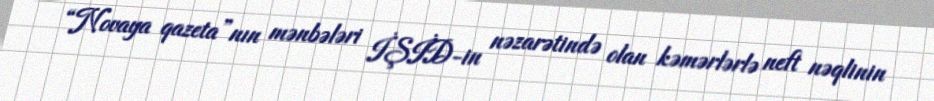
“Novaya qazeta”nın mənbələri İŞİD-in nəzarətində olan kəmərlərlə neft nəqlinin